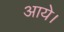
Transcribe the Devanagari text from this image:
अाये।